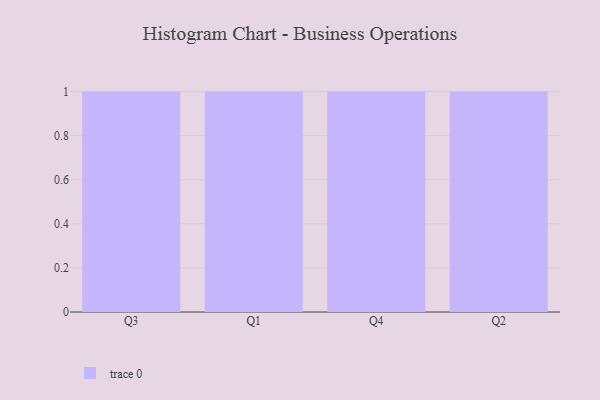
{"axis": {"x": "Quarter", "y": "Website Visitors"}, "legend": [""], "data": [{"x": "Q3", "y": 7, "type": ""}, {"x": "Q1", "y": 14, "type": ""}, {"x": "Q4", "y": 21, "type": ""}, {"x": "Q2", "y": 59, "type": ""}]}